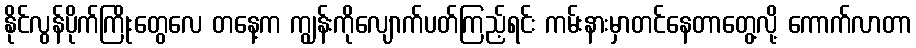
နိုင်လွန်ပိုက်ကြိုးတွေလေ တနေ့က ကျွန်းကိုလျောက်ပတ်ကြည့်ရင်း ကမ်းနားမှာတင်နေတာတွေ့လို့ ကောက်လာတာ